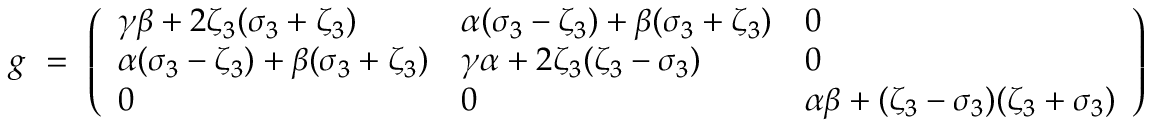
g \ = \ \left( \begin{array} { l l l } { \gamma \beta + 2 \zeta _ { 3 } ( \sigma _ { 3 } + \zeta _ { 3 } ) } & { \alpha ( \sigma _ { 3 } - \zeta _ { 3 } ) + \beta ( \sigma _ { 3 } + \zeta _ { 3 } ) } & { 0 } \\ { \alpha ( \sigma _ { 3 } - \zeta _ { 3 } ) + \beta ( \sigma _ { 3 } + \zeta _ { 3 } ) } & { \gamma \alpha + 2 \zeta _ { 3 } ( \zeta _ { 3 } - \sigma _ { 3 } ) } & { 0 } \\ { 0 } & { 0 } & { \alpha \beta + ( \zeta _ { 3 } - \sigma _ { 3 } ) ( \zeta _ { 3 } + \sigma _ { 3 } ) } \end{array} \right)